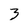
Character: 3